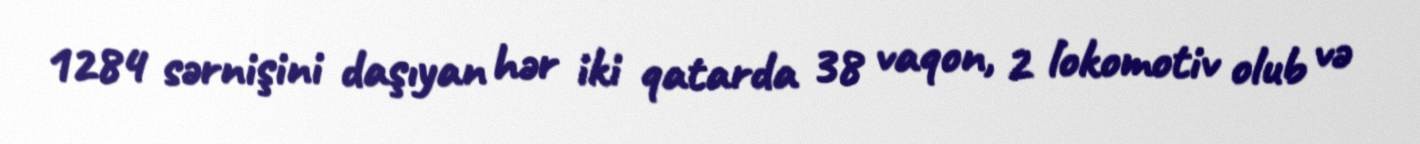
1284 sərnişini daşıyan hər iki qatarda 38 vaqon, 2 lokomotiv olub və